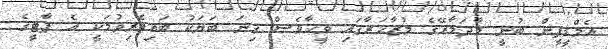
އެމްޑީޕީން ބުނީ މާދަމާރޭގެ މުޒާހަރާގައި ވީހާވެސް ގިނަ ބަޔަކު ބައިވެރިވުމަކީ އެ ޕާޓީގެ